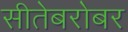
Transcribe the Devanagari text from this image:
सीतेबरोबर